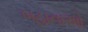
બહાનાઓ